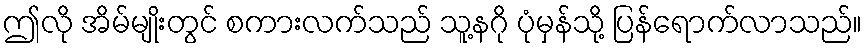
ဤလို အိမ်မျိုးတွင် စကားလက်သည် သူ့နဂို ပုံမှန်သို့ ပြန်ရောက်လာသည်။